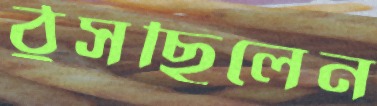
ঠুসছিলেন